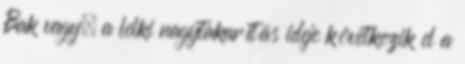
Bak vagy, a lelki nagytakarítás ideje következik el a